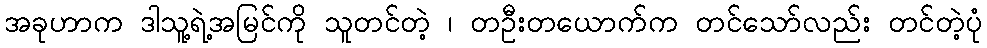
အခုဟာက ဒါသူ့ရဲ့အမြင်ကို သူတင်တဲ့ ၊ တဦးတယောက်က တင်သော်လည်း တင်တဲ့ပုံ